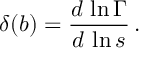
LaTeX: \delta ( b ) = \frac { d \, \ln \Gamma } { d \, \ln s } \, .